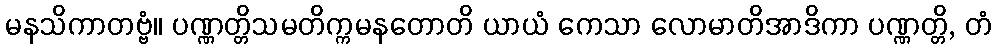
မနသိကာတဗ္ဗံ။ ပဏ္ဏတ္တိသမတိက္ကမနတောတိ ယာယံ ကေသာ လောမာတိအာဒိကာ ပဏ္ဏတ္တိ, တံ